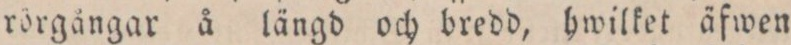
rörgångar å längd och bredd, hwilket äfwen